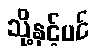
သို့နှင့်ပင်